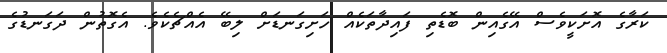
ކަރާގެ އޮށަކީވެސް އޭގެއިން ބޮޑެތި ފައިދާތަކެއް ހަށިގަނޑަށް ލިބޭ އެއްޗެކެވެ. އެގޮތުން ދަގަނޑުގެ